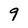
Character: 9